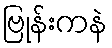
ဗြုန်းကနဲ